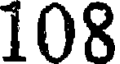
108